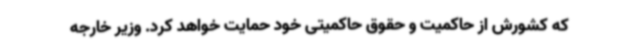
که کشورش از حاکمیت و حقوق حاکمیتی خود حمایت خواهد کرد. وزیر خارجه